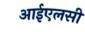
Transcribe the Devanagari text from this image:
आईएलसी